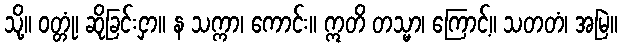
သို့။ ဝတ္တုံ၊ ဆိုခြင်းငှာ။ န သက္ကာ၊ ကောင်း။ ဣတိ တသ္မာ၊ ကြောင့်။ သတတံ၊ အမြဲ။